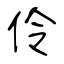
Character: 伶